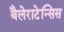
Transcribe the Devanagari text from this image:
बैलेराटेन्सिस